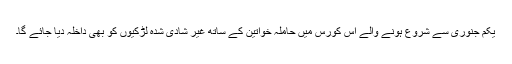
یکم جنوری سے شروع ہونے والے اس کورس میں حاملہ خواتین کے ساتھ غیر شادی شدہ لڑکیوں کو بھی داخلہ دیا جائے گا۔